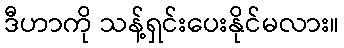
ဒီဟာကို သန့်ရှင်းပေးနိုင်မလား။